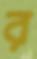
র